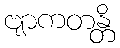
ဗျာကတန္တိ